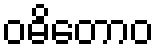
ဝဓိတောဝ